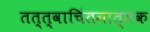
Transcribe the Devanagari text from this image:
तत्त्वाचिंतनात्मक